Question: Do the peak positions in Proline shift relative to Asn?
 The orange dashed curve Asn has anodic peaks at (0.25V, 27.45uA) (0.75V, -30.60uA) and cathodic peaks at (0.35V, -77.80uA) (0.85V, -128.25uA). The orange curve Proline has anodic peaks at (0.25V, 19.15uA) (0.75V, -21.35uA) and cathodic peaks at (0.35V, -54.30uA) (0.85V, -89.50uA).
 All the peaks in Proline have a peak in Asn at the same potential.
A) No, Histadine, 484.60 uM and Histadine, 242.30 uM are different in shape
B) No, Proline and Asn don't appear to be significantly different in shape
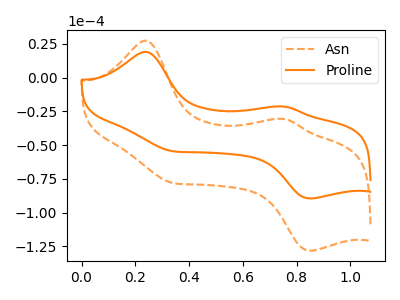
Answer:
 <answer>B) No, "Proline" and "Asn" don't appear to be significantly different in shape</answer>
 <eval>B</eval>